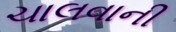
ચાલવાની